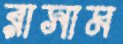
রাসাম